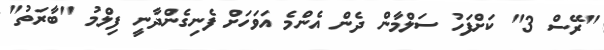
"ރޭސް 3" ކަށްފަހު ސަލްމާން ދެން އެންމެ އަވަހަށް ފެނިގެންދާނީ ފިލްމު "ބާރަތު"